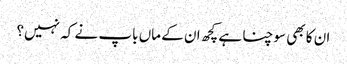
ان کا بھی سوچنا ہے کچھ ان کے ماں باپ نے کہ نہیں؟